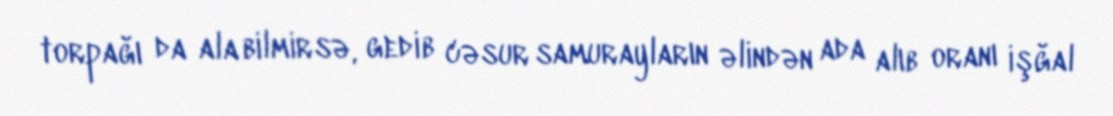
torpağı da ala bilmirsə, gedib cəsur samurayların əlindən ada alıb oranı işğal